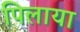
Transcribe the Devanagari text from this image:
पिलाया